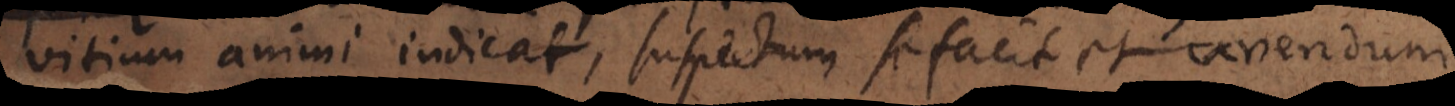
vitium animi indicat, suspectum se facit; contra